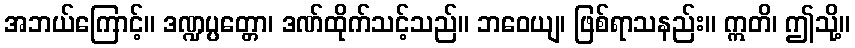
အဘယ်ကြောင့်။ ဒဏ္ဍပ္ပတ္တော၊ ဒဏ်ထိုက်သင့်သည်။ ဘဝေယျ၊ ဖြစ်ရာသနည်း။ ဣတိ၊ ဤသို့။